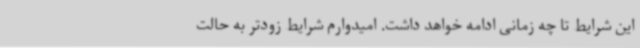
این شرایط تا چه زمانی ادامه خواهد داشت. امیدوارم شرایط زودتر به حالت